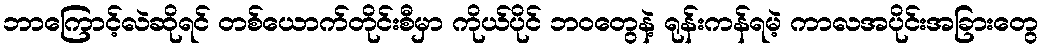
ဘာကြောင့်လဲဆိုရင် တစ်ယောက်တိုင်းစီမှာ ကိုယ်ပိုင် ဘဝတွေနဲ့ ရုန်းကန်ရမဲ့ ကာလအပိုင်းအခြားတွေ